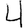
Digit: 4